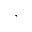
,